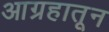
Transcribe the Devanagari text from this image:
आग्रहातून